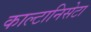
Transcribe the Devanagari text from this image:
काल्टानिसेटा